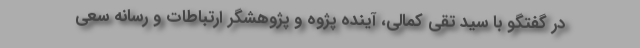
در گفتگو با سید تقی کمالی، آینده پژوه و پژوهشگر ارتباطات و رسانه سعی